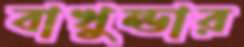
বাখুন্ডার